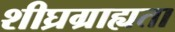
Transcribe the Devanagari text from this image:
शीघ्रग्राह्यता